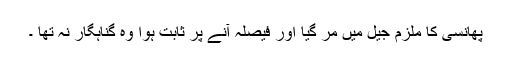
پھانسی کا ملزم جیل میں مر گیا اور فیصلہ آنے پر ثابت ہوا وہ گناہگار نہ تھا ۔